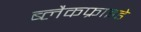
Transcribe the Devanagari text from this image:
ब्लैकफ्राइडे